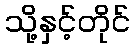
သို့နှင့်တိုင်